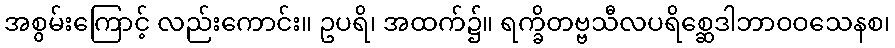
အစွမ်းကြောင့် လည်းကောင်း။ ဥပရိ၊ အထက်၌။ ရက္ခိတဗ္ဗသီလပရိစ္ဆေဒါဘာဝဝသေနစ၊